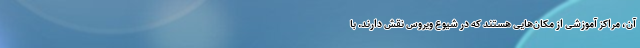
آن، مراکز آموزشی از مکان‌هایی هستند که در شیوع ویروس نقش دارند. با